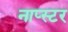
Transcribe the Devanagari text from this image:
नाप्स्टर